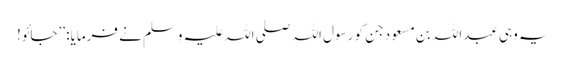
یہ وہی عبداللہ بن مسعود جن کو رسول اللہ صلی اللہ علیہ وسلم نے فرمایا: ’’جائو!